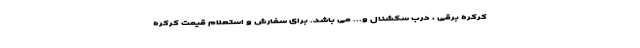
کرکره برقی ، درب سکشنال و... می باشد. برای سفارش و استعلام قیمت کرکره